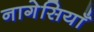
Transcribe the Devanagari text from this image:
नागेसियाँ